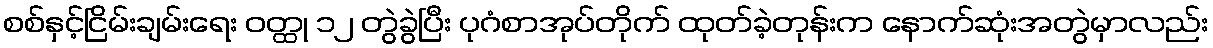
စစ်နှင့်ငြိမ်းချမ်းရေး ဝတ္ထု ၁၂ တွဲခွဲပြီး ပုဂံစာအုပ်တိုက် ထုတ်ခဲ့တုန်းက နောက်ဆုံးအတွဲမှာလည်း